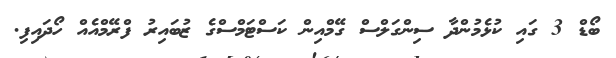
ބޯޑް 3 ގައި ކުޅެމުންދާ ސިންގަލްސް ގޭމްއިން ކަސްޓަމްސްގެ ޒުބައިރު ފްރޭމްއެއް ހޯދައިފި.